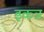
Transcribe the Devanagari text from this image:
इकत्र